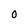
Character: O